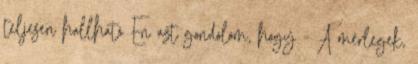
teljesen hallható Én azt gondolom, hogy - A mérlegek,